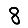
Digit: 8